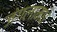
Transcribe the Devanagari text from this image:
जंगलांमधे